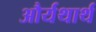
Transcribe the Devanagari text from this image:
और्यथार्थ